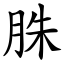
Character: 䏭